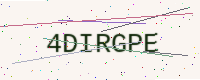
Text: 4DIRGPE